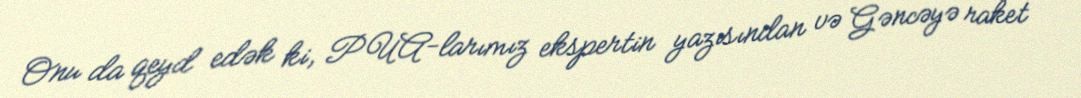
Onu da qeyd edək ki, PUA-larımız ekspertin yazısından və Gəncəyə raket